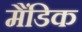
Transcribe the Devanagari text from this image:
मैंडिक